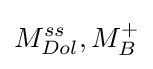
M_{Dol}^{ss},M_{B}^{+}